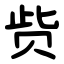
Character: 赀